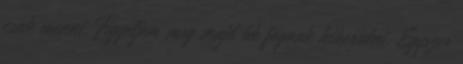
csak menni. Figyeljem meg majd ők fognak kikerülni. Egyszer